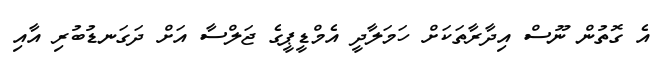
އެ ގޮތުން ނޫސް އިދާރާތަކަށް ހަމަލާދީ އެމްޑީޕީގެ ޖަލްސާ އަށް ދަގަނޑުބުރި އާއި